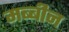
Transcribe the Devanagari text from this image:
मब्बीन